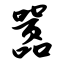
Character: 嚣